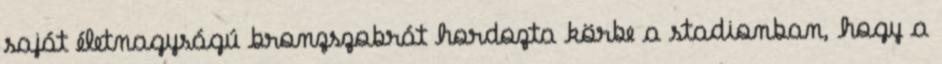
saját életnagyságú bronzszobrát hordozta körbe a stadionban, hogy a